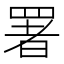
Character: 署